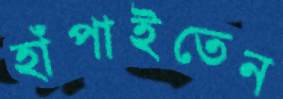
হাঁপাইতেন